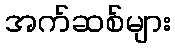
အက်ဆစ်များ